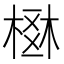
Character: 𣗂